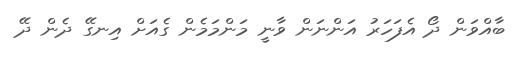
ބާއްވަން ދޯ އެފަހަރު އަންނަން ވާނީ މަންމަމެން ގެއަށް އިނގޭ ދެން ދޭ